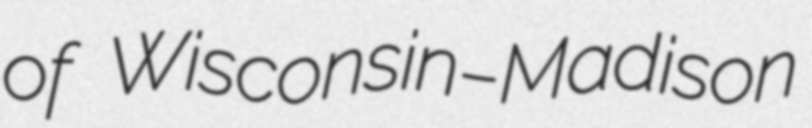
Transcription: of Wisconsin–Madison